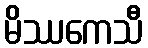
မိဿကေသီ